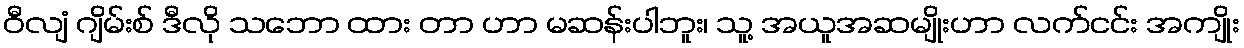
ဝီလျံ ဂျိမ်းစ် ဒီလို သဘော ထား တာ ဟာ မဆန်းပါဘူး၊ သူ့ အယူအဆမျိုးဟာ လက်ငင်း အကျိုး